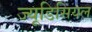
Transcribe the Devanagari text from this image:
ज्यूडिसियल